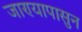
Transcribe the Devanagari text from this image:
जाण्यापासुन